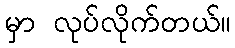
မှာ လုပ်လိုက်တယ်။